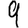
Digit: 9